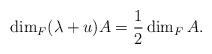
LaTeX: \begin{align*}\dim_F(\lambda+u)A=\frac{1}{2}\dim_FA.\end{align*}